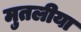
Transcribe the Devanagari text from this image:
मुतलीया